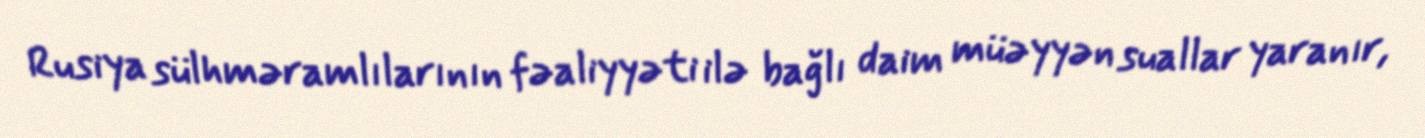
Rusiya sülhməramlılarının fəaliyyəti ilə bağlı daim müəyyən suallar yaranır,